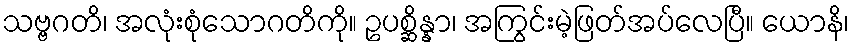
သဗ္ဗဂတိ၊ အလုံးစုံသောဂတိကို။ ဥပစ္ဆိန္နာ၊ အကြွင်းမဲ့ဖြတ်အပ်လေပြီ။ ယောနိ၊